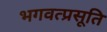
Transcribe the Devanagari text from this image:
भगवत्प्रसूति